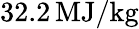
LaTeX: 32.2\, \mathrm{MJ/kg}